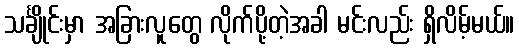
သင်္ချိုင်းမှာ အခြားလူတွေ လိုက်ပို့တဲ့အခါ မင်းလည်း ရှိလိမ့်မယ်။